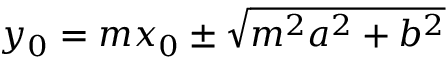
y _ { 0 } = m x _ { 0 } \pm { \sqrt { m ^ { 2 } a ^ { 2 } + b ^ { 2 } } }